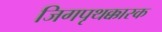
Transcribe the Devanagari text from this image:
जिगपृथक्कारक